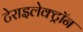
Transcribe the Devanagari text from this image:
टेराइलेक्ट्रॉन